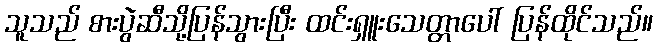
သူသည် စားပွဲဆီသို့ပြန်သွားပြီး ထင်းရှူးသေတ္တာပေါ် ပြန်ထိုင်သည်။